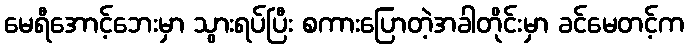
မေရီအောင့်ဘေးမှာ သွားရပ်ပြီး စကားပြောတဲ့အခါတိုင်းမှာ ခင်မေတင့်က